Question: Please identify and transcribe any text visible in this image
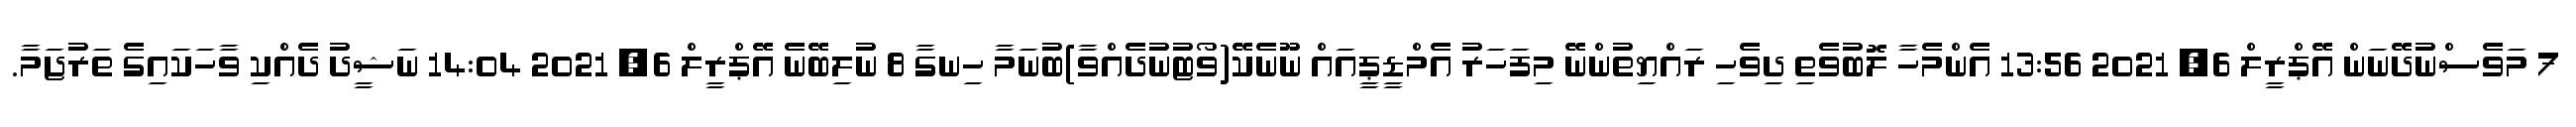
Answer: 7 މަވެސްނުދޭނަން އޭޕްރީލް 6, 2021 13:56 އެންމެހާ ލޮބުވެތި ދިވެހި ރައްޔިތުންނޭ މިފަހަރު އެމްޑީޕީއައް ނޫނެކޭ(ވޯޓުނުދެއްވާ)ބުނަމާ ހިނގާ 8 ނުލިބޭނެ އޭޕްރީލް 6, 2021 14:04 ނަޝީދު ދެއްކި ވާހަކައިގެ ތަރުޖަމާ.